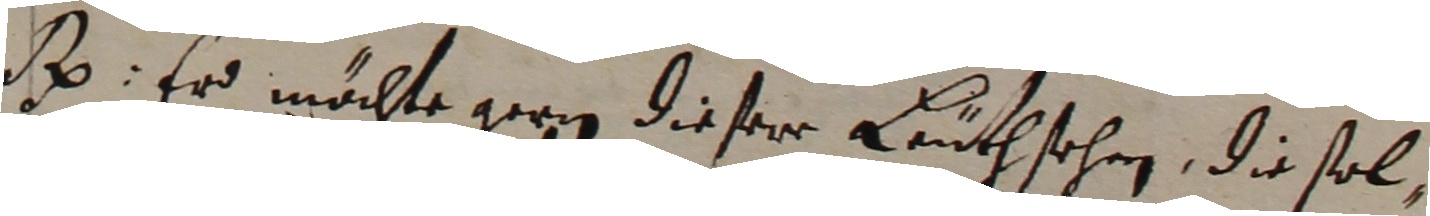
e. Er möchte gernn dieser leüthsehen, die sol,